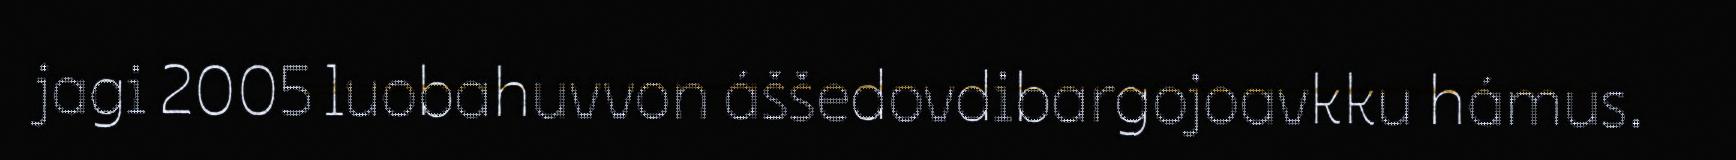
jagi 2005 luobahuvvon áššedovdibargojoavkku hámus.